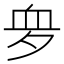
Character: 𧖪